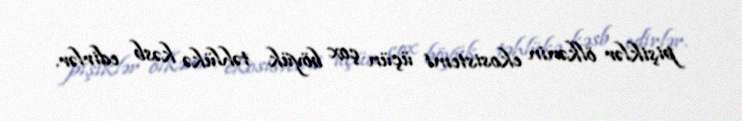
pişiklər ölkənin ekosistemi üçün çox böyük təhlükə kəsb edirlər.